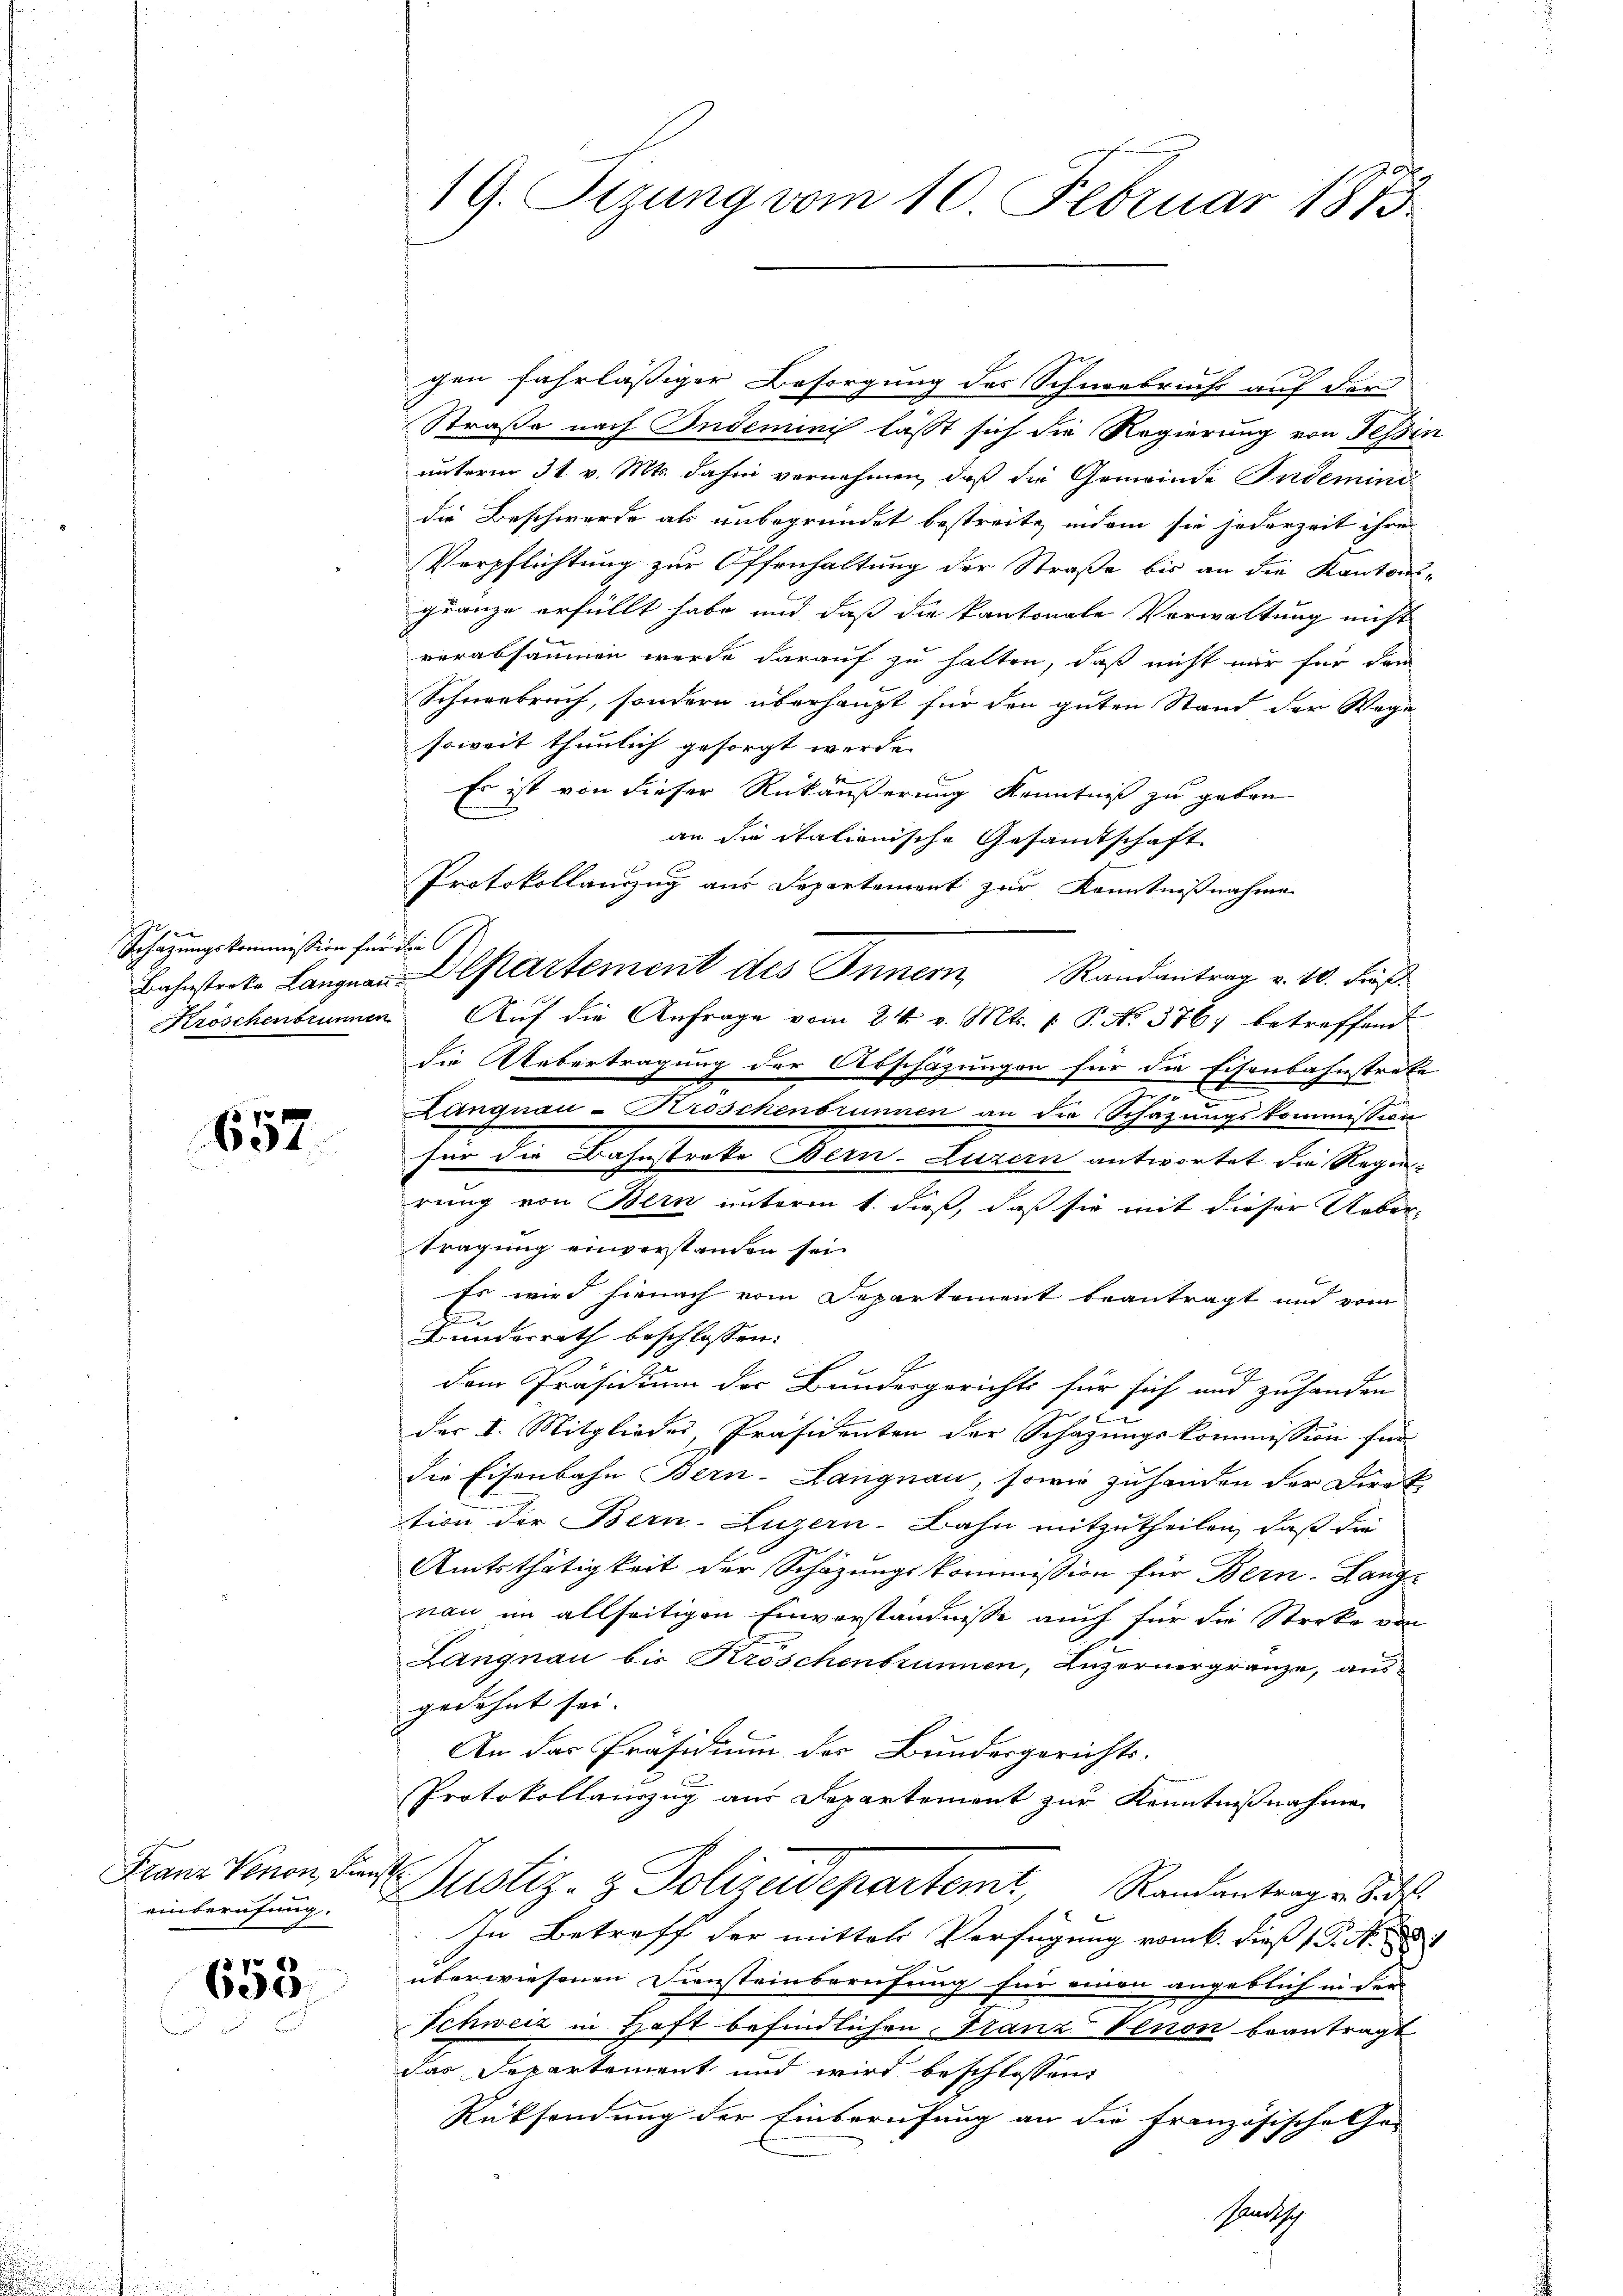
ge
Schazungskommission für die

657

Franz Venon, die

658

19. Sizung vom 10. Februar 1873

gen fahrläßiger Besorgung des Schneebruchs auf der
Straße nach Indeminis lässt sich die Regierung von Tessin
unterm 31. v. Mts. dahin vernehmen, daß die Gemeinde Indemind
die Beschwerde als unbegründet bestreite, indem sie jederzeit ihren
Verpflichtung zur Offenhaltung der Straße bis an die Kantons-
gränze erfüllt habe und daß die kantonale Vorwaltung nicht
verabsäumen wurde darauf zu halten, daß nicht nur für dem
Schneebruch, sondern überhaupt für den guten Stand der Wage
soweit thunlich gesorgt werde.
Es ist von dieser Rückäußerung Kenntniß zu geben
an die itationische Gesamtschaft
Protokollanzug aus Departement zur Kenntnißnahme
Bahnsterke Langnau Departement des Innern, Randantrag v. 10. dieß.
Kröschenbrunnen Aŭf die Anfrage vom 24. v. Mts. 1. P. No. 376, betreffend
die Uebertragung der Abschazungen für die Eisenbahnstrafe
Langnau-Kroschenbrunnen an die Schazungskommission
für die Bahnstreke Bern-Luzern antwortet die Regirung von Bern unterm 1. dieß, daß sie mit dieser Uebertragung einverstanden sei.
Es wird hienach vom Departement beantragt und vom
b
Bundesrath beschlossen:
dem Präsidium der Bundesgerichts für sich und zuhanden
Co
der I. Mitgliedes, Präsidenten der Schazungskommission für
die Eisenbahn Bern-Langnau, sowie zuhanden der Direk
tion der Bern-Luzern-Bahn mitzutheilen, daß die
Amtsthätigkeit der Schazungskommission für Bern-Lang-
nau im allseitigen Einverständnisse auch für die Streke von
Langnau bis Kröschenbrunnen, Luzernergränze, ausgedehnt sei.
An das Präsidium des Bundesgerichts-
Protokollauszug aus Departement zur Kenntnißnahme
ishe
einberufung. Justiz- & Polizeidepartemt, Randantrage das
In Betreff der mittels Verfügung vom 6. dieß 18. No. 18
überwiesenen Diensteinberufung für einen angeblich in der
Schweiz in Haft befindlichen Franz Venon beantragt
dar Departement und wird beschlossen:
Rücksendung der Einberufung an die französische Ge-
Pandtsch